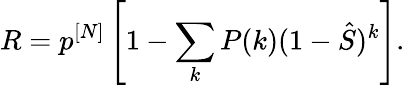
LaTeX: R=p^{[N]}\left[1-\sum_{k}P(k)(1-\hat{S})^{k}\right].